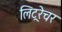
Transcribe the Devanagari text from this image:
लिट्ररेचर